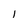
Character: I